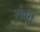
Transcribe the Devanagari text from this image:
संवत़